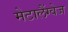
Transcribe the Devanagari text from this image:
मेटालैंग्वेज